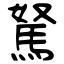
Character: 駑